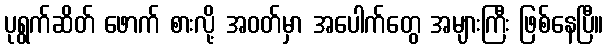
ပုရွက်ဆိတ် ဖောက် စားလို့ အဝတ်မှာ အပေါက်တွေ အများကြီး ဖြစ်နေပြီ။